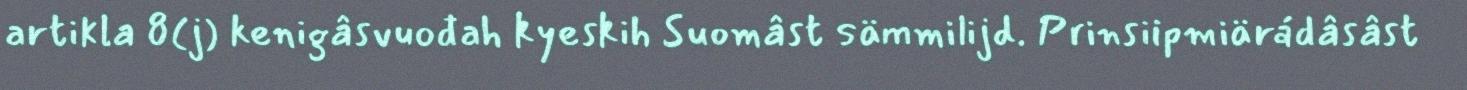
artikla 8(j) kenigâsvuođah kyeskih Suomâst sämmilijd. Prinsiipmiärádâsâst